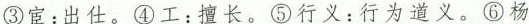
③宦：出仕。④工：擅长。⑤行义：行为道义。⑥杨